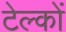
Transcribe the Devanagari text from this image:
टेल्कों